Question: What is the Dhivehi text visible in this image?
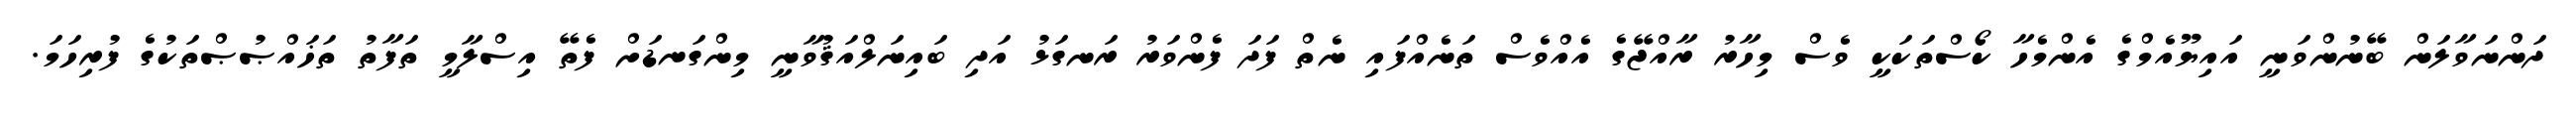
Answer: ދަންނަވާލަން ބޭނުންވަނީ އައިޔޫއެމްގެ އެންމެހާ ކޯސްތަކަކީ ވެސް މިހާރު ރާއްޖޭގެ އެއްވެސް ތަނެއްފައި ނެތް ފަދަ ފެންވަރު ރަނގަޅު އަދި ބައިނަލްއަޤުވާނީ މިންގަނޑަށް ފެތޭ އިސްލާމީ ތަފާތު ތަޚައްޞުޞްތަކުގެ ފުރިހަމަ.